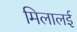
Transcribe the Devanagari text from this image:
मिलालई